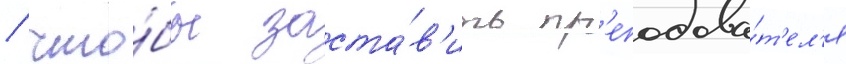
/ что́бы заста́в'ить пр'еподава́т'ел'я